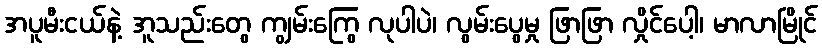
အပူမီးငယ်နဲ့ အူသည်းတွေ ကျွမ်းကြွေ လုပါပဲ၊ လွမ်းပွေမှု ဖြာဖြာ လှိုင်ပေါ့၊ မာလာမြိုင်